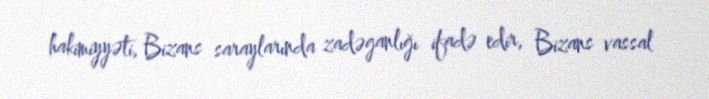
hakimiyyəti, Bizans saraylarında zadəganlığı ifadə edir, Bizans vassal